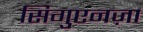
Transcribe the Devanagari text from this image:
सिगुएनज़ा